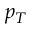
p _ { T }